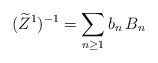
\begin{align*}(\widetilde Z^1)^{-1} = \sum_{n\ge 1} b_n\, B_n\end{align*}